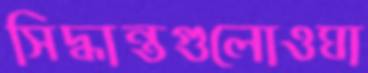
সিদ্ধান্তগুলোওঘা